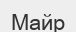
Майр